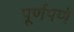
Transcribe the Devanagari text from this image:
पूूर्णपणे